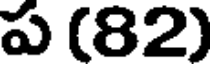
ప (82)